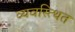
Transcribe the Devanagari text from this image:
व्यवस्त्थित